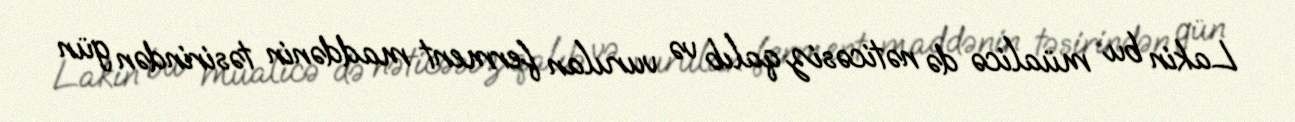
Lakin bu müalicə də nəticəsiz qalıb və vurulan ferment maddənin təsirindən gün